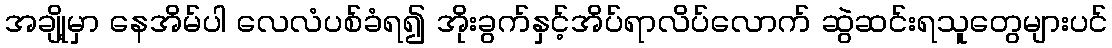
အချို့မှာ နေအိမ်ပါ လေလံပစ်ခံရ၍ အိုးခွက်နှင့်အိပ်ရာလိပ်လောက် ဆွဲဆင်းရသူတွေများပင်